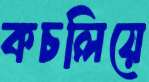
কচলিয়ে